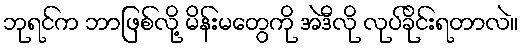
ဘုရင်က ဘာဖြစ်လို့ မိန်းမတွေကို အဲဒီလို လုပ်ခိုင်းရတာလဲ။